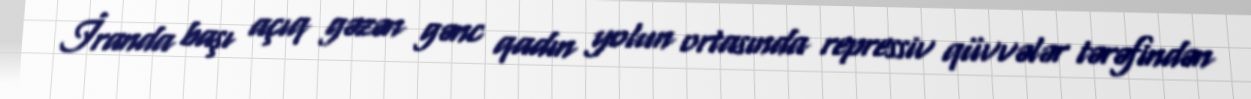
İranda başı açıq gəzən gənc qadın yolun ortasında repressiv qüvvələr tərəfindən